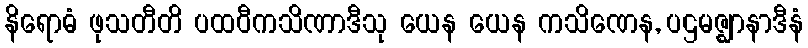
နိရောဓံ ဖုသတီတိ ပထဝီကသိဏာဒီသု ယေန ယေန ကသိဏေန, ပဌမဇ္ဈာနာဒီနံ